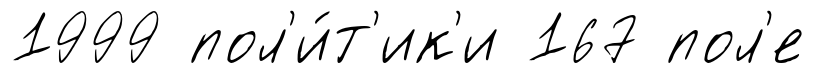
1999 пол'и́т'ик'и 167 пол'е